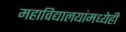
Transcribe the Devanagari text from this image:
महाविद्यालयांमध्येही